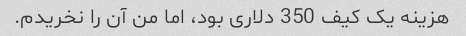
هزینه یک کیف 350 دلاری بود، اما من آن را نخریدم.